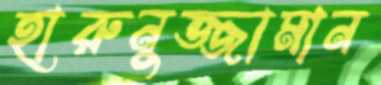
হারুনুজ্জামান